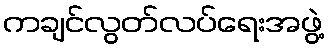
ကချင်လွတ်လပ်ရေးအဖွဲ့